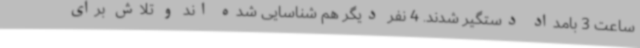
ساعت 3 بامداد دستگیر شدند. 4 نفر دیگر هم شناسایی شده اند و تلاش برای